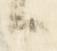
候